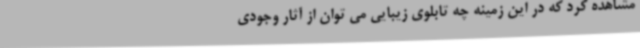
مشاهده کرد که در این زمینه چه تابلوی زیبایی می توان از آثار وجودی